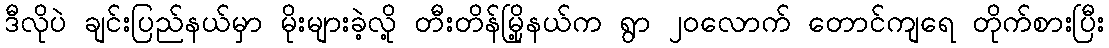
ဒီလိုပဲ ချင်းပြည်နယ်မှာ မိုးများခဲ့လို့ တီးတိန်မြို့နယ်က ရွာ ၂၀လောက် တောင်ကျရေ တိုက်စားပြီး